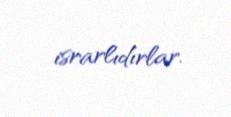
israrlıdırlar.